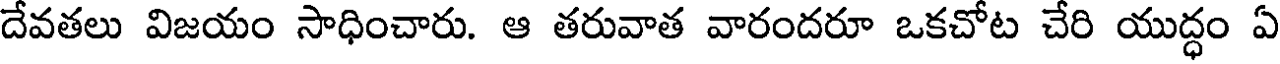
దేవతలు విజయం సాధించారు. ఆ తరువాత వారందరూ ఒకచోట చేరి యుద్ధం ఏ